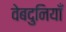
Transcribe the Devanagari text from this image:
वेबदुनियाँ